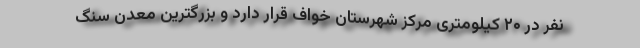
نفر در ۲۰ کیلومتری مرکز شهرستان خواف قرار دارد و بزرگترین معدن سنگ